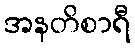
အနတိစာရီ